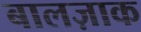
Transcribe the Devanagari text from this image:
बालज़ाक